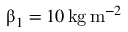
\upbeta _ { 1 } = 1 0 \, \mathrm { k g \, m } ^ { - 2 }